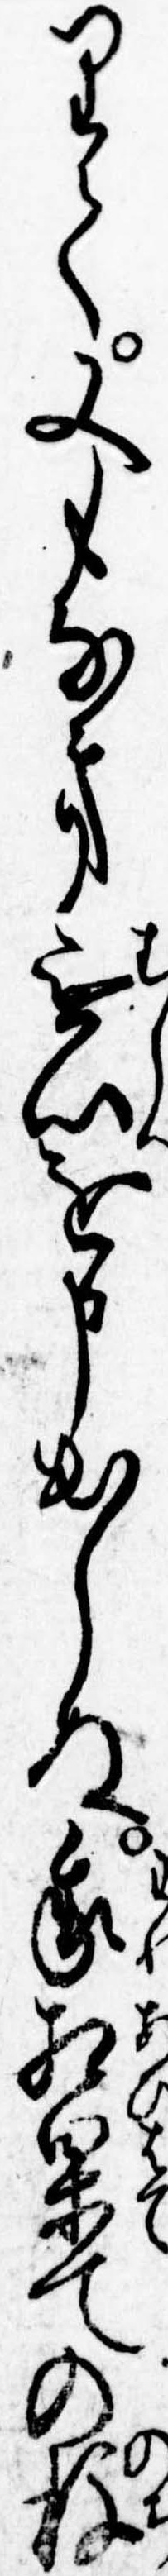
りて又もなき無心を申出しぬ我相果ての後